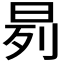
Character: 𬀰